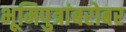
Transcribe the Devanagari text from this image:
भूमिपुत्रांबरोबर